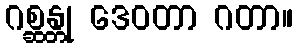
ဂစ္ဆန္တု ဒေဝတာ ဂတာ။